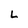
Character: L